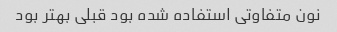
نون متفاوتی استفاده شده بود قبلی بهتر بود